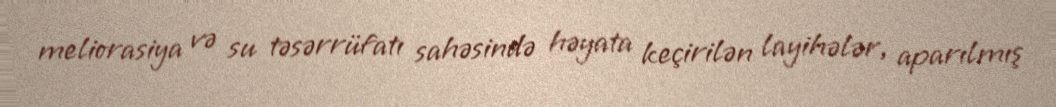
meliorasiya və su təsərrüfatı sahəsində həyata keçirilən layihələr, aparılmış